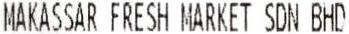
MAKASSAR FRESH MARKET SDN BHD